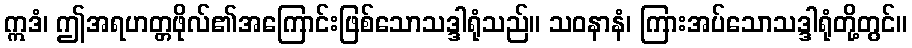
ဣဒံ၊ ဤအရဟတ္တဖိုလ်၏အကြောင်းဖြစ်သောသဒ္ဒါရုံသည်။ သဝနာနံ၊ ကြားအပ်သောသဒ္ဒါရုံတို့တွင်။